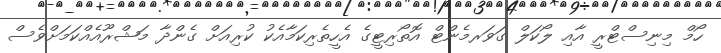
ހޯމް މިނިސްޓްރީ އާއި ލޯކަލް ގަވަރމެންޓް އޮތޯރިޓީގެ އެހީތެރިކަމާއެކު ކުރިއަށް ގެންދާ މަޝްރޫއެއްކަމަށްވެސް